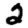
Digit: 2